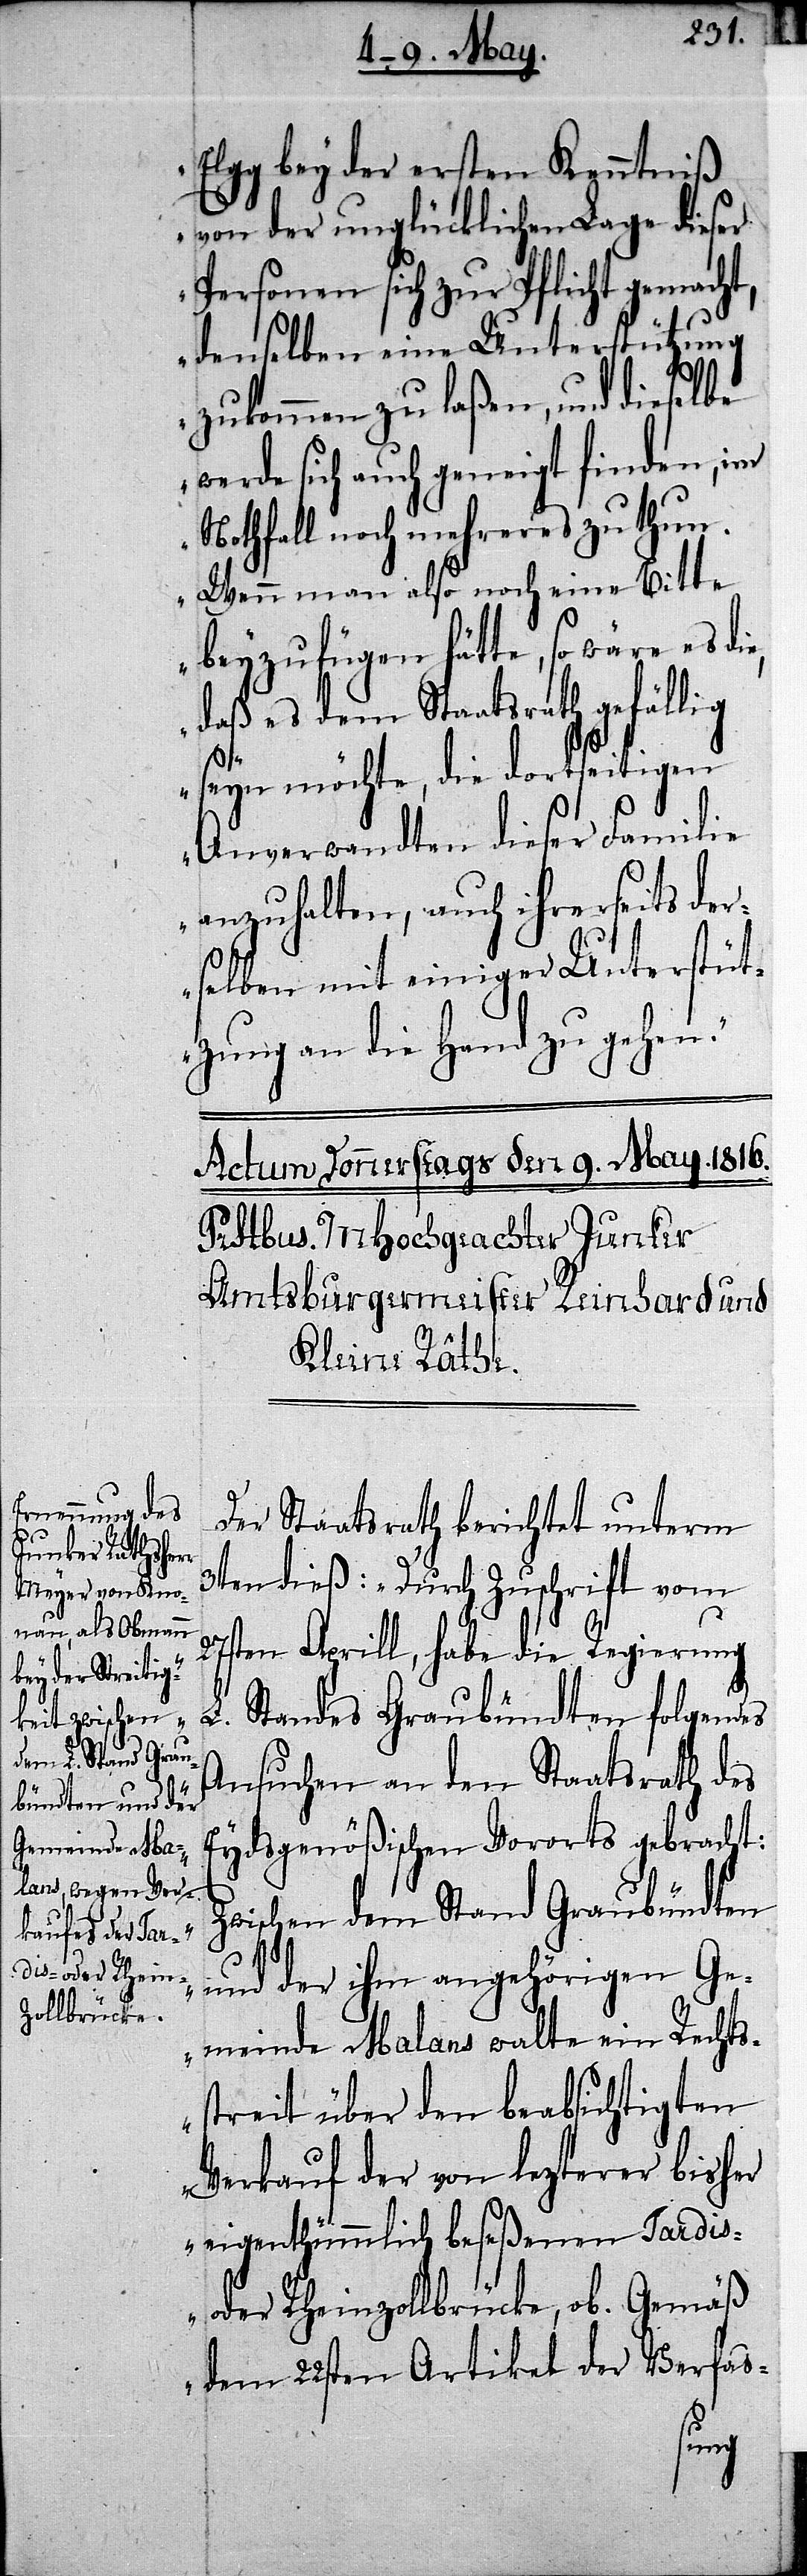
Elgg bey der ersten Kenntniß
von der unglücklichen Lage dieser
Personen sich zur Pflicht gemacht,
denselben eine Unterstützung
zukommen zu laßen, und dieselbe
werde sich auch geneigt finden, im
Nothfall noch mehrerers zu thun.
Wenn man also noch eine Bitte
beyzufügen hätte, so wäre es di¬
daß es dem Staatsrath gefällig
seyn möchte, die dortseitigen
Anverwandten dieser Familie
anzuhalten, auch ihrerseits der¬
selben mit einiger Unterstüt¬
zung an die Hand zu gehen.
Der Staatsrath berichtet unterm
„Z¬
3ten dieß: „Durch Zuschrift vom
27sten Aprill, habe die Regierung
e,
L. Standes Graubündten folgendes
Ansuchen an den Staatsrath des
Eydsgenößischen Vororts gebracht:
wischen dem Stand Graubündten
und der ihm angehörigen Ge¬
meinde Malans walte ein Rechts¬
streit über den beabsichtigten
Verkauf der von lezterer bisher
eigenthümmlich beseßenen Tardis-
oder Rheinzollbrücke, ob. Gemäß
dem 22sten Artikel der Verfas-